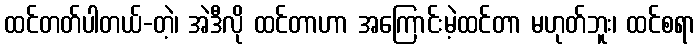
ထင်တတ်ပါတယ်-တဲ့၊ အဲဒီလို ထင်တာဟာ အကြောင်းမဲ့ထင်တာ မဟုတ်ဘူး၊ ထင်စရာ